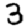
Digit: 3